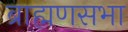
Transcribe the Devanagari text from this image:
ब्राह्मणसभा